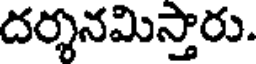
దర్శనమిస్తారు.